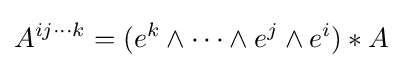
A^{ij\cdots k}=(e^{k}\wedge \cdots \wedge e^{j}\wedge e^{i})*A\